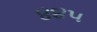
૪૪૫